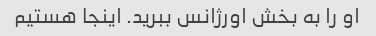
او را به بخش اورژانس ببرید. اینجا هستیم